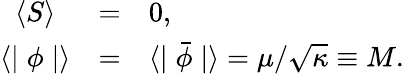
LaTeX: \begin{array}{ccl}{{\langle S\rangle}}&{{=}}&{{0,}}\\ {{\langle\mid\phi\mid\rangle}}&{{=}}&{{\langle\mid\bar{\phi}\mid\rangle=\mu/\sqrt{\kappa}\equiv M.}}\end{array}